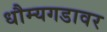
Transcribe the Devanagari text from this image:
धौम्यगडावर